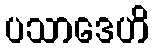
ပသာဒေဟိ